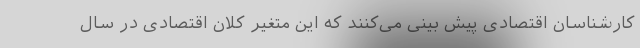
کارشناسان اقتصادی پیش بینی می‌کنند که این متغیر کلان اقتصادی در سال